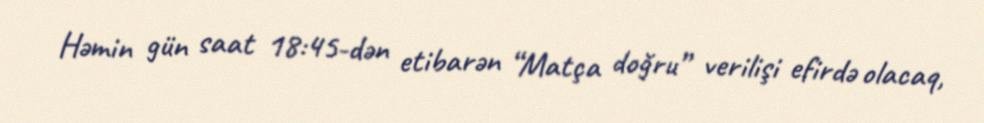
Həmin gün saat 18:45-dən etibarən “Matça doğru” verilişi efirdə olacaq,